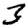
Digit: 3